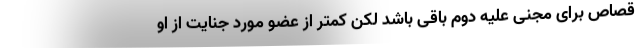
قصاص برای مجنی علیه دوم باقی باشد لکن کمتر از عضو مورد جنایت از او